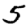
Digit: 5